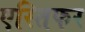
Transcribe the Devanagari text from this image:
एस्तिफर